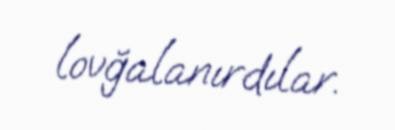
lovğalanırdılar.